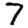
Digit: 7